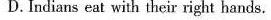
D. Indians eat with their right hands.